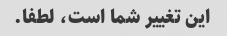
این تغییر شما است، لطفا.